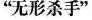
“无形杀手"